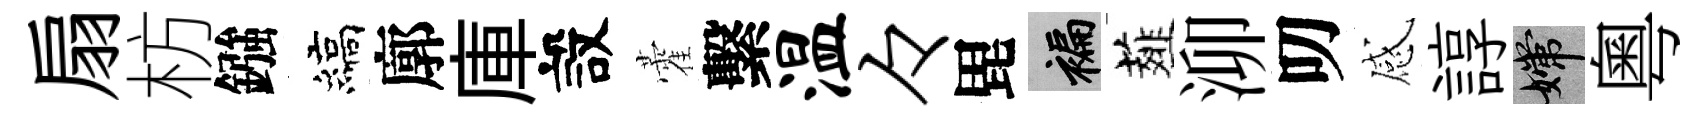
扇枋鏹縞廓庫設藿繫温々毘褊薤泖叨感諄嫦粵